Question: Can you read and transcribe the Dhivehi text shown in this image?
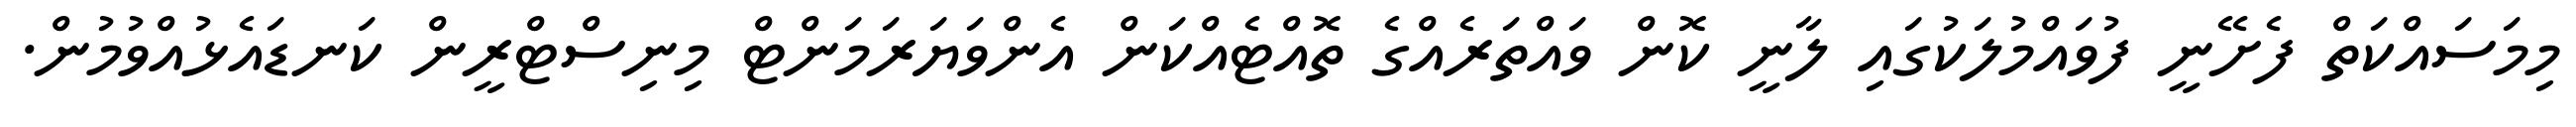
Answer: މިމަސައްކަތް ފެށޭނީ ފުވައްމުލަކުގައި ލާނީ ކޮން ވައްތަރެއްގެ ތޮއްޓެއްކަން އެންވަޔަރަމަންޓް މިނިސްޓްރީން ކަނޑައެޅުއްވުމުން.